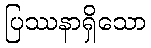
ပြဿနာရှိသော